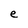
Character: e